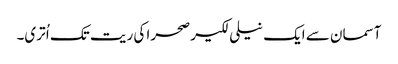
آسمان سے ایک نیلی لکیر صحرا کی ریت تک اُ تری۔